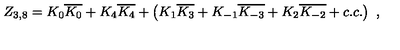
Z _ { 3 , 8 } = K _ { 0 } \overline { { K _ { 0 } } } + K _ { 4 } \overline { { K _ { 4 } } } + \left( K _ { 1 } \overline { { K _ { 3 } } } + K _ { - 1 } \overline { { K _ { - 3 } } } + K _ { 2 } \overline { { K _ { - 2 } } } + c . c . \right) \ ,